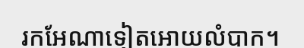
រកអែណាទៀតអោយលំបាក។